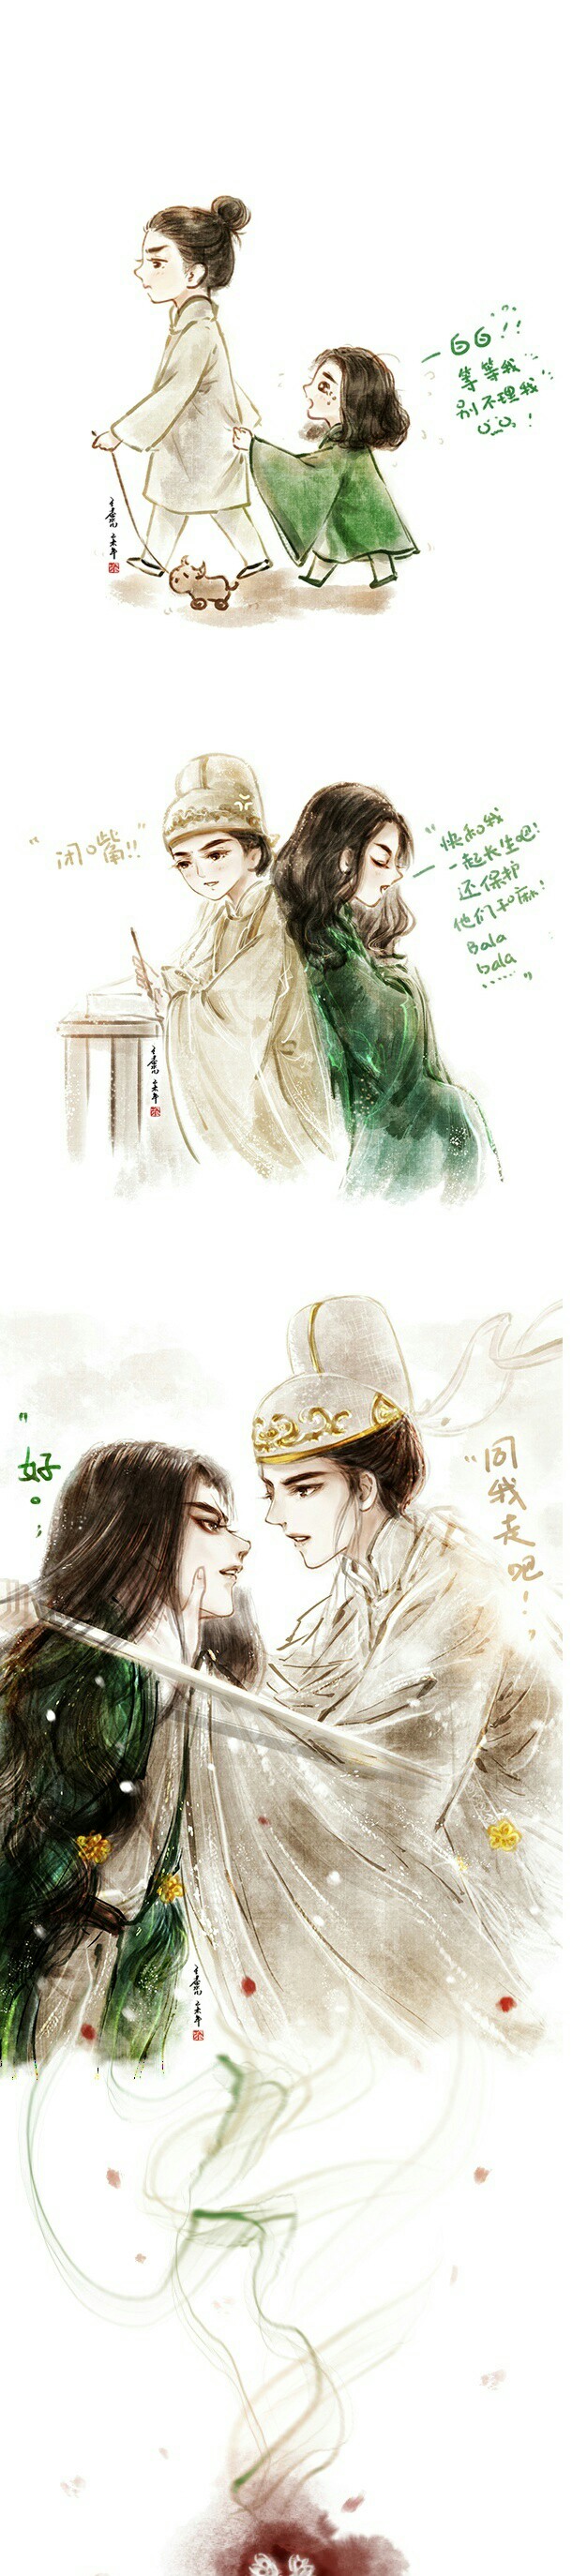
驱马天雨雪，军行入高山。